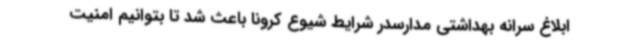
ابلاغ سرانه بهداشتی مدارسدر شرایط شیوع کرونا باعث شد تا بتوانیم امنیت